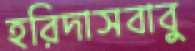
হরিদাসবাবু